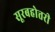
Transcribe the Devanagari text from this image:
सूरबहोत्तरी